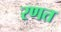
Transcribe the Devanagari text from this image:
रणत